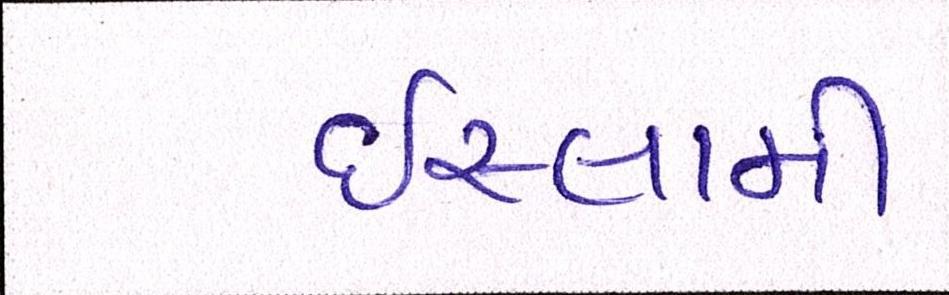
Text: ઈસ્લામી